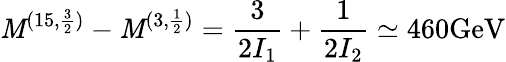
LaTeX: \mathit{M}^{(15,{\frac{{3}}{{2}}})}-\mathit{M}^{(3,\frac{{1}}{{2}})}={\frac{{3}}{{2I_{1}}}}+{\frac{{1}}{{2I_{2}}}}\simeq460\mathrm{{GeV}}